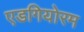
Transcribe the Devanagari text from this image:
एडगियोरम